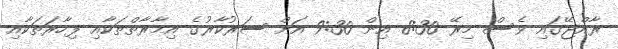
ރާއްޖޭގައި ވެސް މިރޭ 8:30 އިން 9:30 އަށް ސަރުކާރުގެ އިމާރާތްތަކާއި ފިހާރަތަކާއި